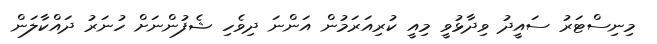
މިނިސްޓަރު ސައީދު ވިދާޅުވީ މިއީ ކުރިއަރަމުން އަންނަ ދިވެހި ޝެފުންނަށް ހުނަރު ދައްކާލަން